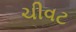
ચીવટ